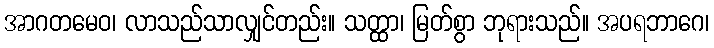
အာဂတမေဝ၊ လာသည်သာလျှင်တည်း။ သတ္ထာ၊ မြတ်စွာ ဘုရားသည်။ အပရဘာဂေ၊